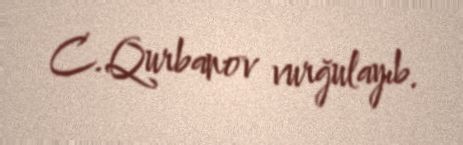
C.Qurbanov vurğulayıb.